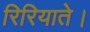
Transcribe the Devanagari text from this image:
रिरियाते।